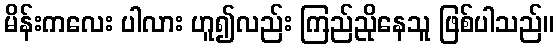
မိန်းကလေး ပါလား ဟူ၍လည်း ကြည်ညိုနေသူ ဖြစ်ပါသည်။